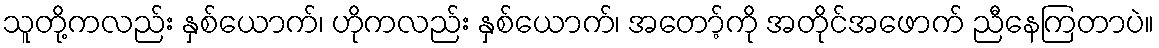
သူတို့ကလည်း နှစ်ယောက်၊ ဟိုကလည်း နှစ်ယောက်၊ အတော့်ကို အတိုင်အဖောက် ညီနေကြတာပဲ။